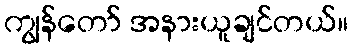
ကျွန်တော် အနားယူချင်တယ်။